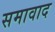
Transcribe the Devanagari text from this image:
समावाद